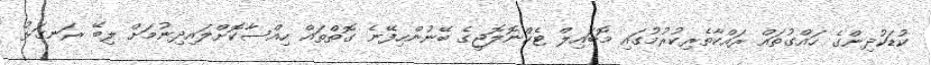
ކުޑަކުދިންގެ ހައްގުތައް ރައްކާތެރިކުރުމުގައި މޮބައިލް ޓެކްނޮލޮޖީގެ ބޭނުންހިފޭނެ ގޮތްތައް ހިއްސާކޮށްލައިދިނުމަށް ލިބޭ ރަނގަޅު